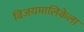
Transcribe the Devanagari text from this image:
विजयमालिकेला